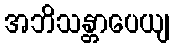
အဘိသန္တာပေယျ